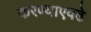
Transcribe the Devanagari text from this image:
करण्याएवढे